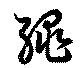
縄